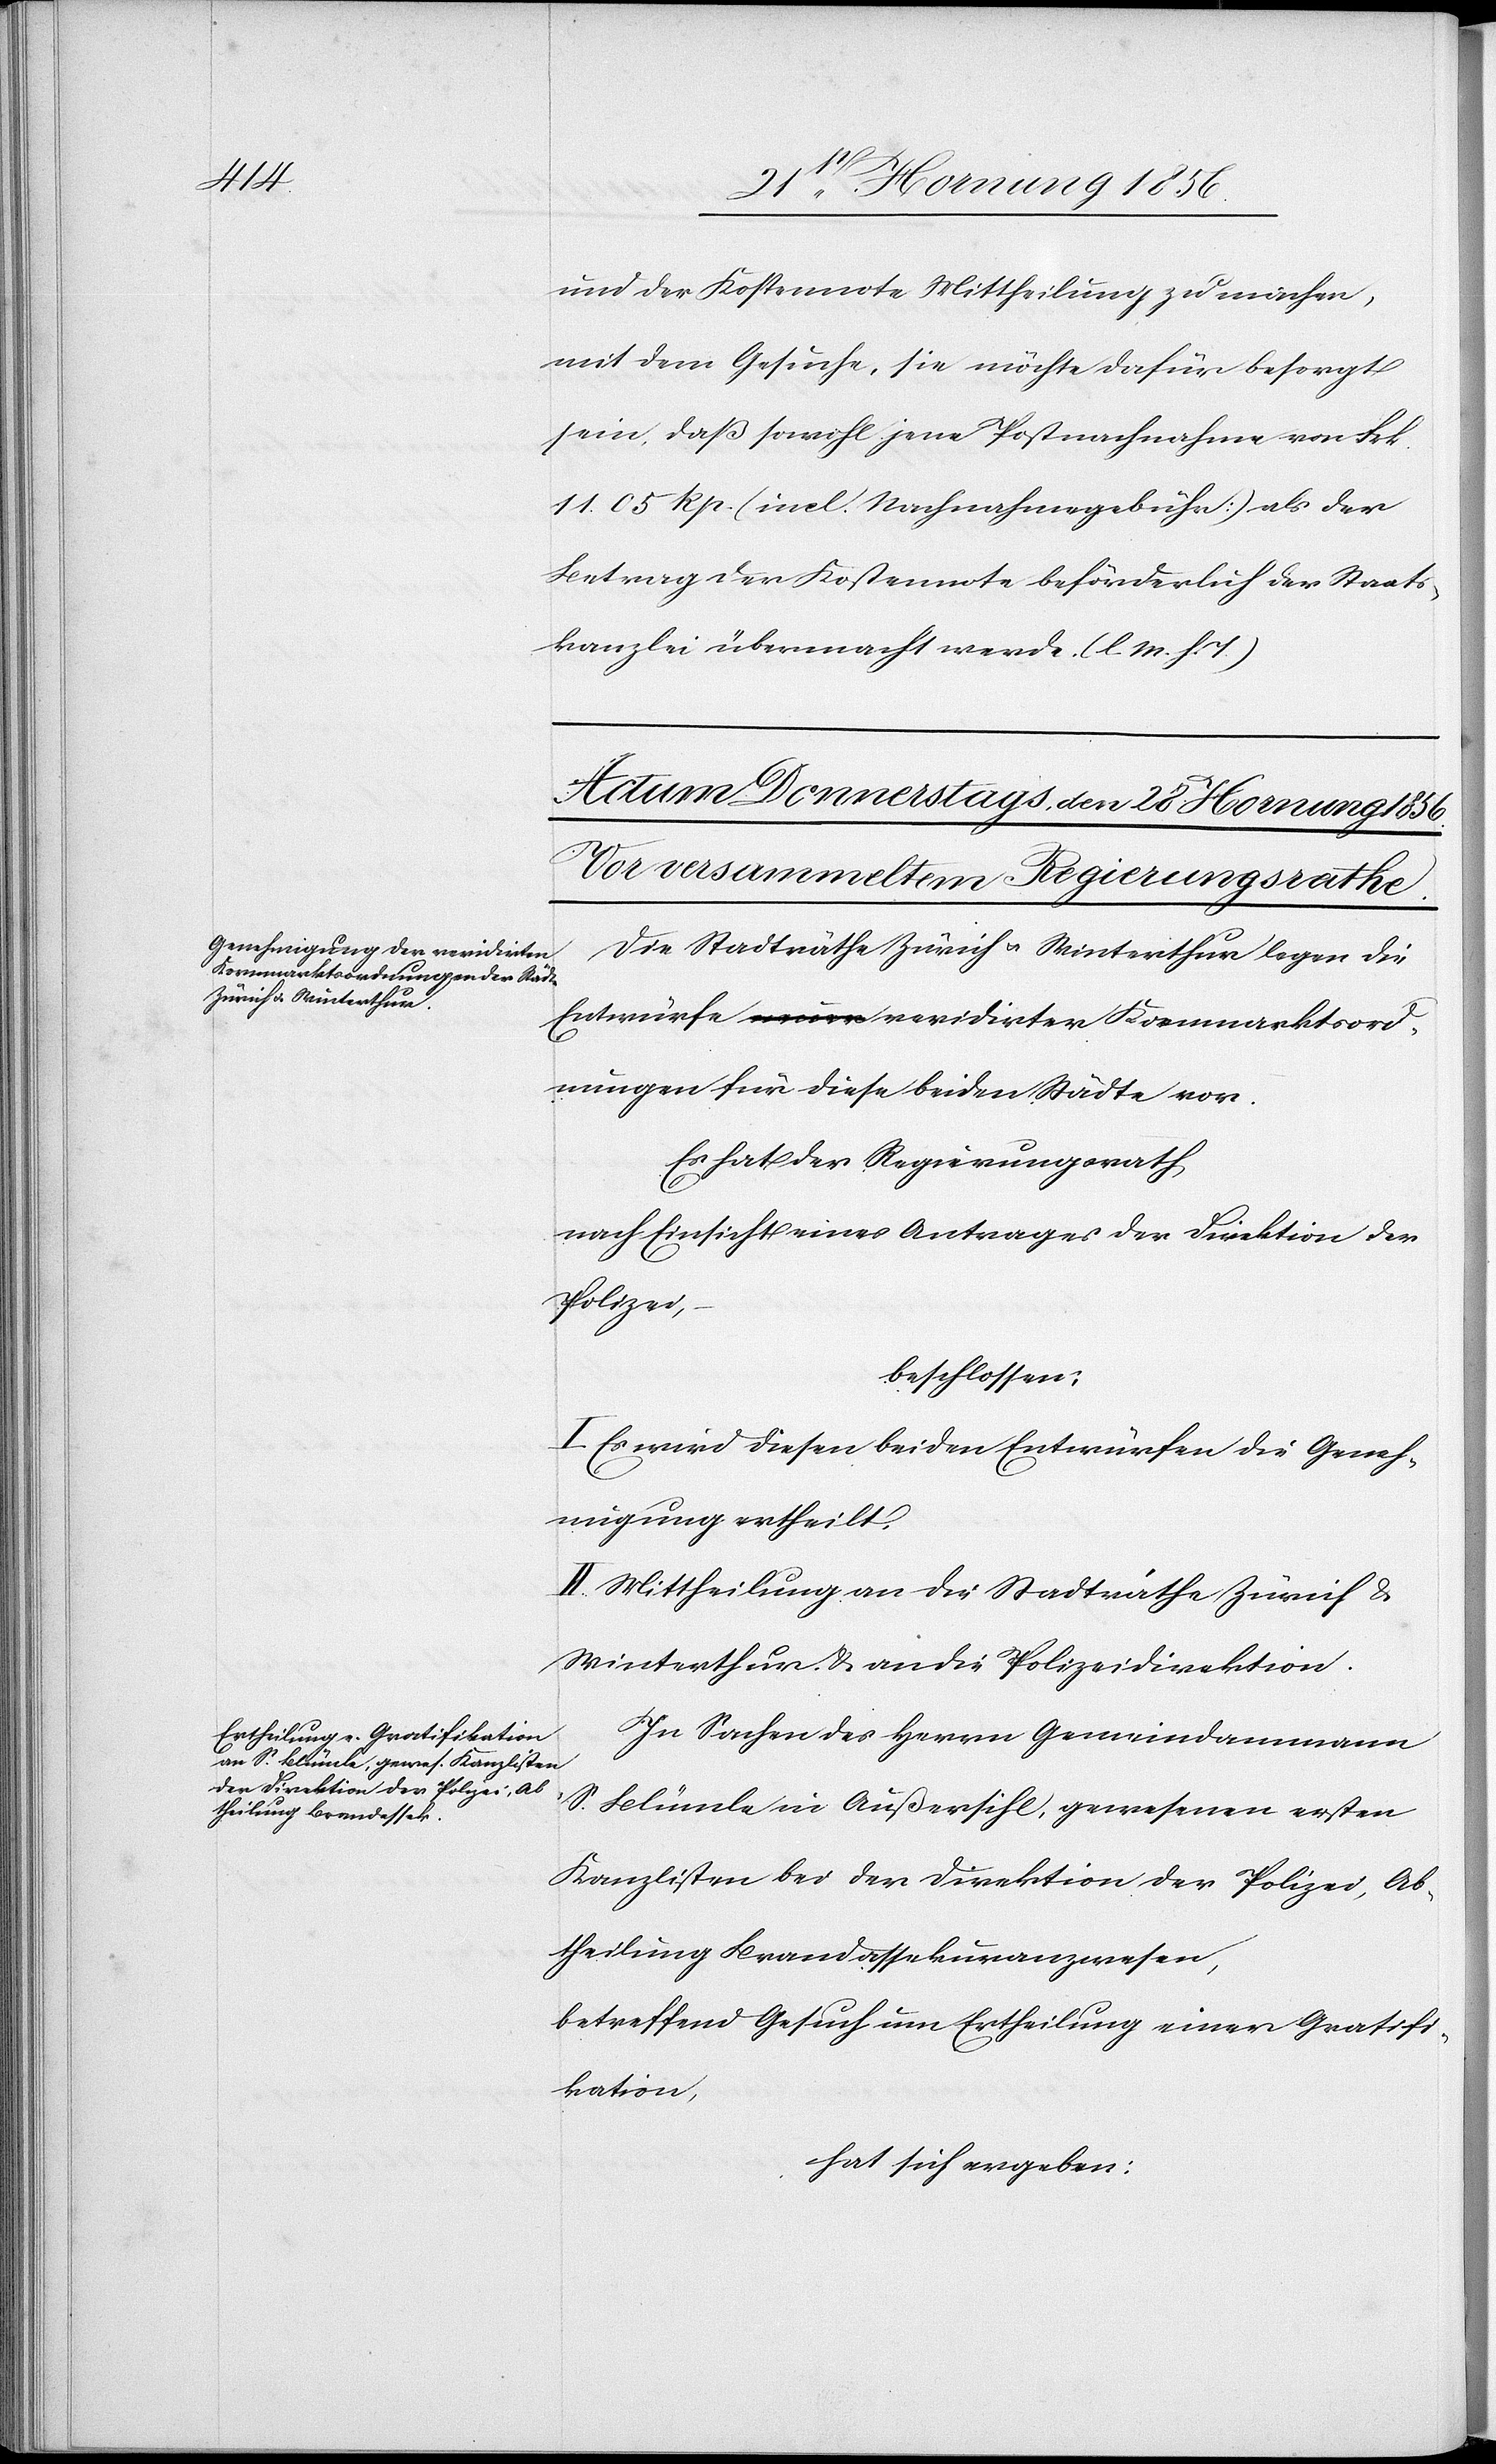
und der Kostennote Mittheilung zu machen,
mit dem Gesuche, sie möchte dafür besorgt
sein, daß sowohl jene Postnachnahme von Frk.
11. 05 Rp. (incl. Nachnahmegebühr] als der
Betrag der Kostennote beförderlich der Staats¬
kanzlei übermacht werde. (l. M. h. T.)
Die Stadträthe Zürich u. Winterthur legen die
Entwürfe revidirter Kornmarktord¬
nungen für diese beiden Städte vor.
Es hat der Regierungsrath,
nach Einsicht eines Antrages der Direktion der
Polizei,
beschlossen:
I. Es wird diesen beiden Entwürfen die Geneh¬
migung ertheilt.
II. Mittheilung an die Stadträthe Zürich &
Winterthur & an die Polizeidirektion.
In Sachen des Herrn Gemeindammann
S. Blümle in Außersihl, gewesenen ersten
Kanzlisten bei der Direktion der Polizei, Ab¬
theilung Brandassekuranzwesen,
betreffend Gesuch um Ertheilung einer Gratifi¬
kation,
hat sich ergeben: